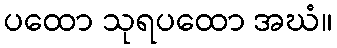
ပထော သုရပထော အဃံ။